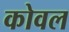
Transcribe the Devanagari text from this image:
कोवल